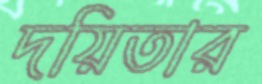
দয়িতার